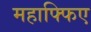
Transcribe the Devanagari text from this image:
महाफ्फिए